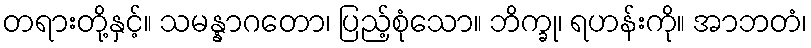
တရားတို့နှင့်။ သမန္နာဂတော၊ ပြည့်စုံသော။ ဘိက္ခု၊ ရဟန်းကို။ အာဘတံ၊